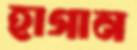
হাগান